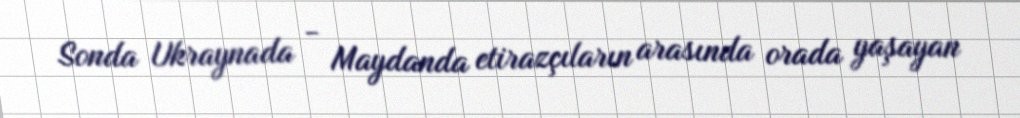
Sonda Ukraynada - Maydanda etirazçıların arasında orada yaşayan